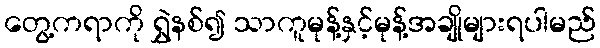
တွေ့ကရာကို ရွှဲနစ်၍ သာကူမုန့်နှင့်မုန့်အချိုများရပါမည်